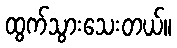
ထွက်သွားသေးတယ်။